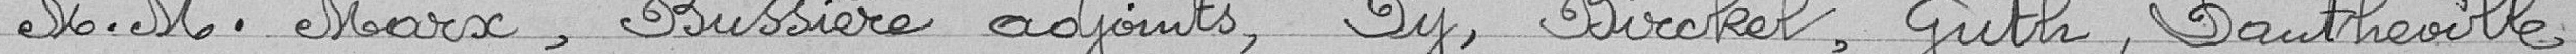
Messieurs Marx, Bussière adjoints, Py, Birckel, Guth, Dantheville,